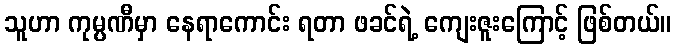
သူဟာ ကုမ္ပဏီမှာ နေရာကောင်း ရတာ ဖခင်ရဲ့ ကျေးဇူးကြောင့် ဖြစ်တယ်။